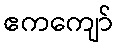
ဧကကျော်